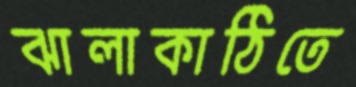
ঝালাকাঠিতে